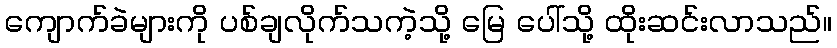
ကျောက်ခဲများကို ပစ်ချလိုက်သကဲ့သို့ မြေ ပေါ်သို့ ထိုးဆင်းလာသည်။